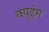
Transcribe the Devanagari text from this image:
क्युइंग